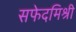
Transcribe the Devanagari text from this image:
सफेदमिश्री